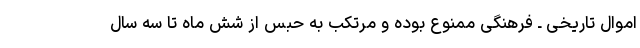
اموال تاریخی ـ فرهنگی ممنوع بوده و مرتکب به حبس از شش ماه تا سه سال